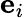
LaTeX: \mathbf{e}_{i}